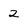
Character: 2